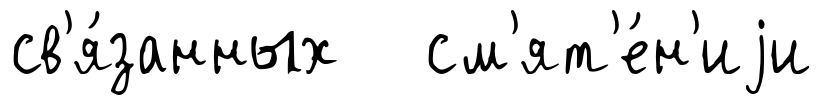
св'я́занных см'ят'е́н'иjи